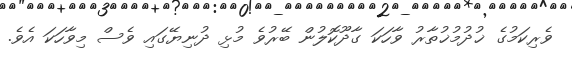
ވެރިކަމުގެ ޚުދުމުޚުތާރު ވާހަކަ ގާދޫކޮލުން ބޭރުވެ މުޅި ދުނިޔޭގައި ވެސް މިވާހަކަ އެވެ.